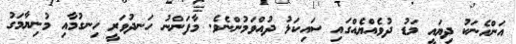
އަންހެނަކު ދިޔައީ މަޑު ދުވެއްޔެއްގައި ސައިކަލު ދުއްވަމުންނެވެ. މާފަންނު ހަނދުވަރީ ހިނގުމާއި މުނިޔާމަގު